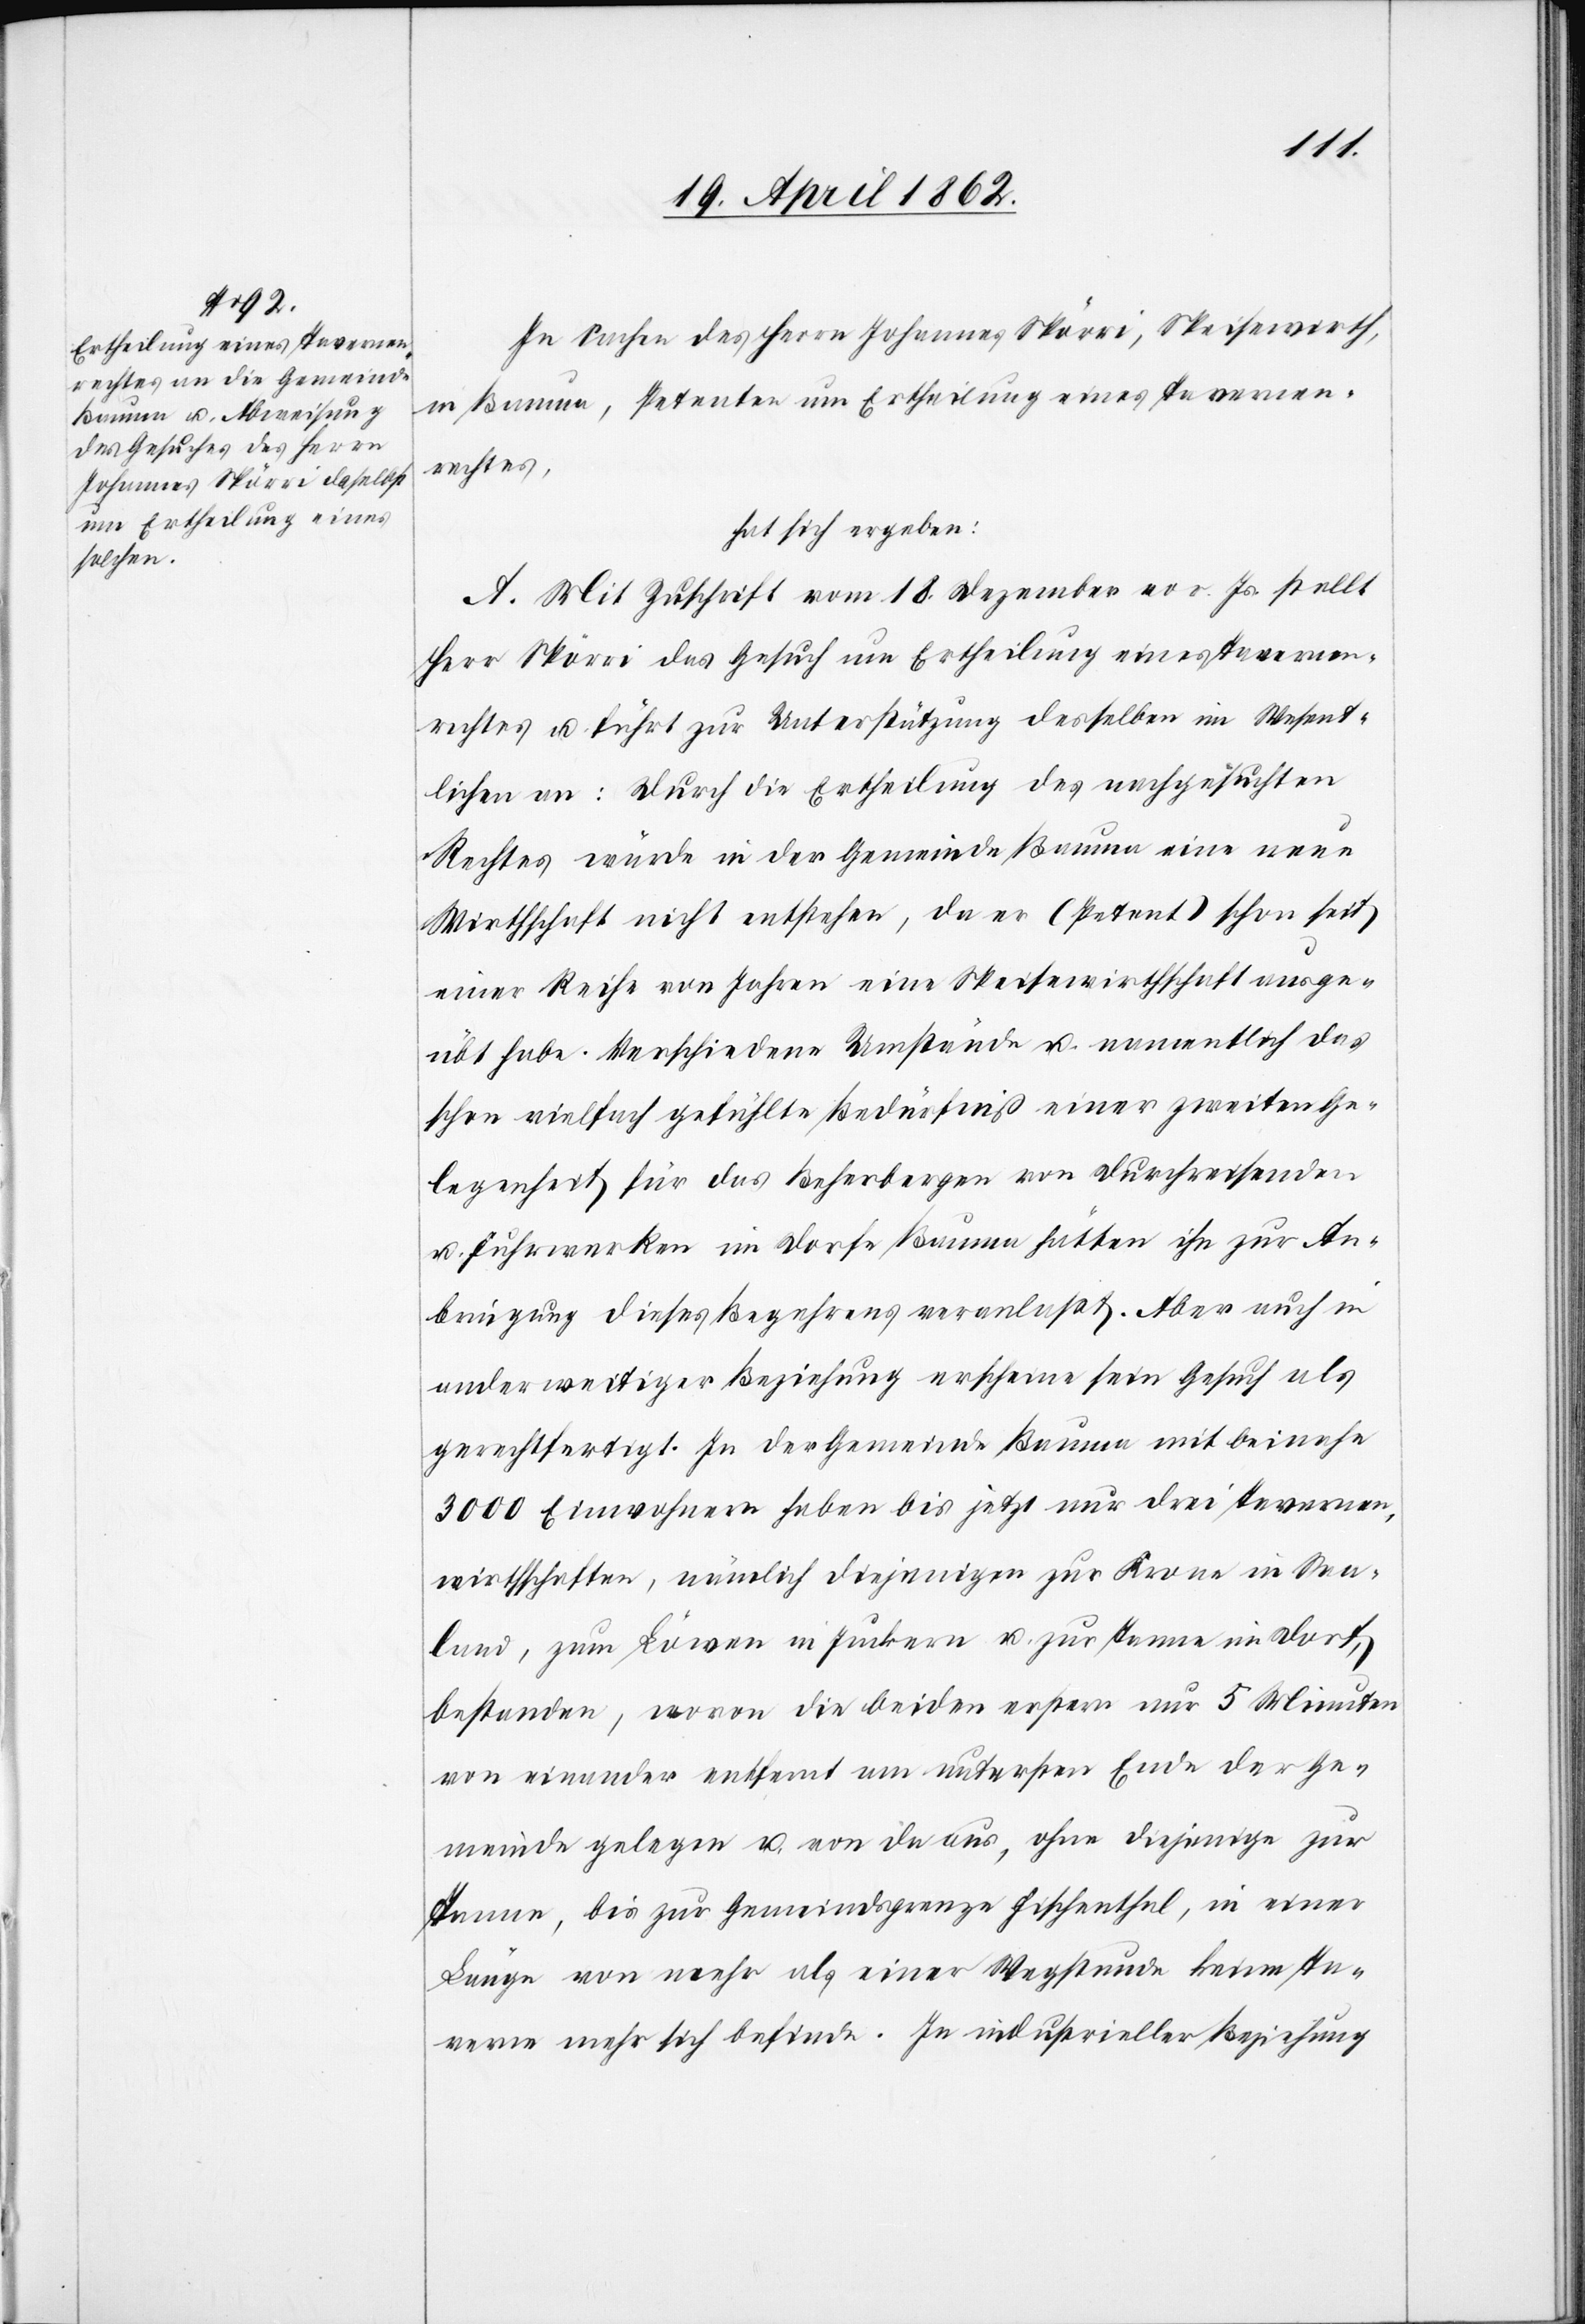
In Sachen des Herrn Johannes Spörri, Speisewirth,
in Bauma, Petenten um Ertheilung eines Tavernen¬
rechtes,
hat sich ergeben:
A. Mit Zuschrift vom 18. Dezember vor. Js. stellt
Herr Spörri das Gesuch um Ertheilung des Tavernen¬
rechtes u. führt zur Unterstützung desselben im Wesent¬
lichen an: Durch die Ertheilung des nachgesuchten
Rechtes würde in der Gemeinde Bauma eine neue
Wirthschaft nicht entstehen, da er (Petent) schon seit
einer Reihe von Jahren eine Speisewirtschaft ausge¬
übt habe. Verschiedene Umstände u. namentlich das
schon vielfach gefühlte Bedürfniß einer zweiten Ge¬
legenheit für das Beherbergen von Durchreisenden
u. Fuhrwerken im Dorfe Bauma hätten ihn zur An¬
bringung dieses Begehrens veranlaßt. Aber auch in
anderweitiger Beziehung erscheine sein Gesuch als
gerechtfertigt. In der Gemeinde Bauma mit beinahe
3000 Einwohnern haben bis jetzt nur drei Tavernen¬
wirtschaften, nämlich diejenigen zur Krone in See¬
land, zum Löwen in Juckern u. zur Tanne im Dorf,
bestanden, wovon die beiden erstern nur 5 Minuten
von einander entfernt am untersten Ende der Ge¬
meinde gelegen u. von da aus, ohne diejenigen zur
Tanne, bis zur Gemeindsgrenze Fischenthal, in einer
Länge von mehr als einer Wegstunde keine Ta¬
verne mehr sich befinde. In industrieller Beziehung